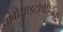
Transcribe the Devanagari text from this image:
थ्रांबोसाइटोपीनिक